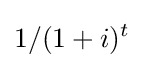
1/(1+i)^{t}